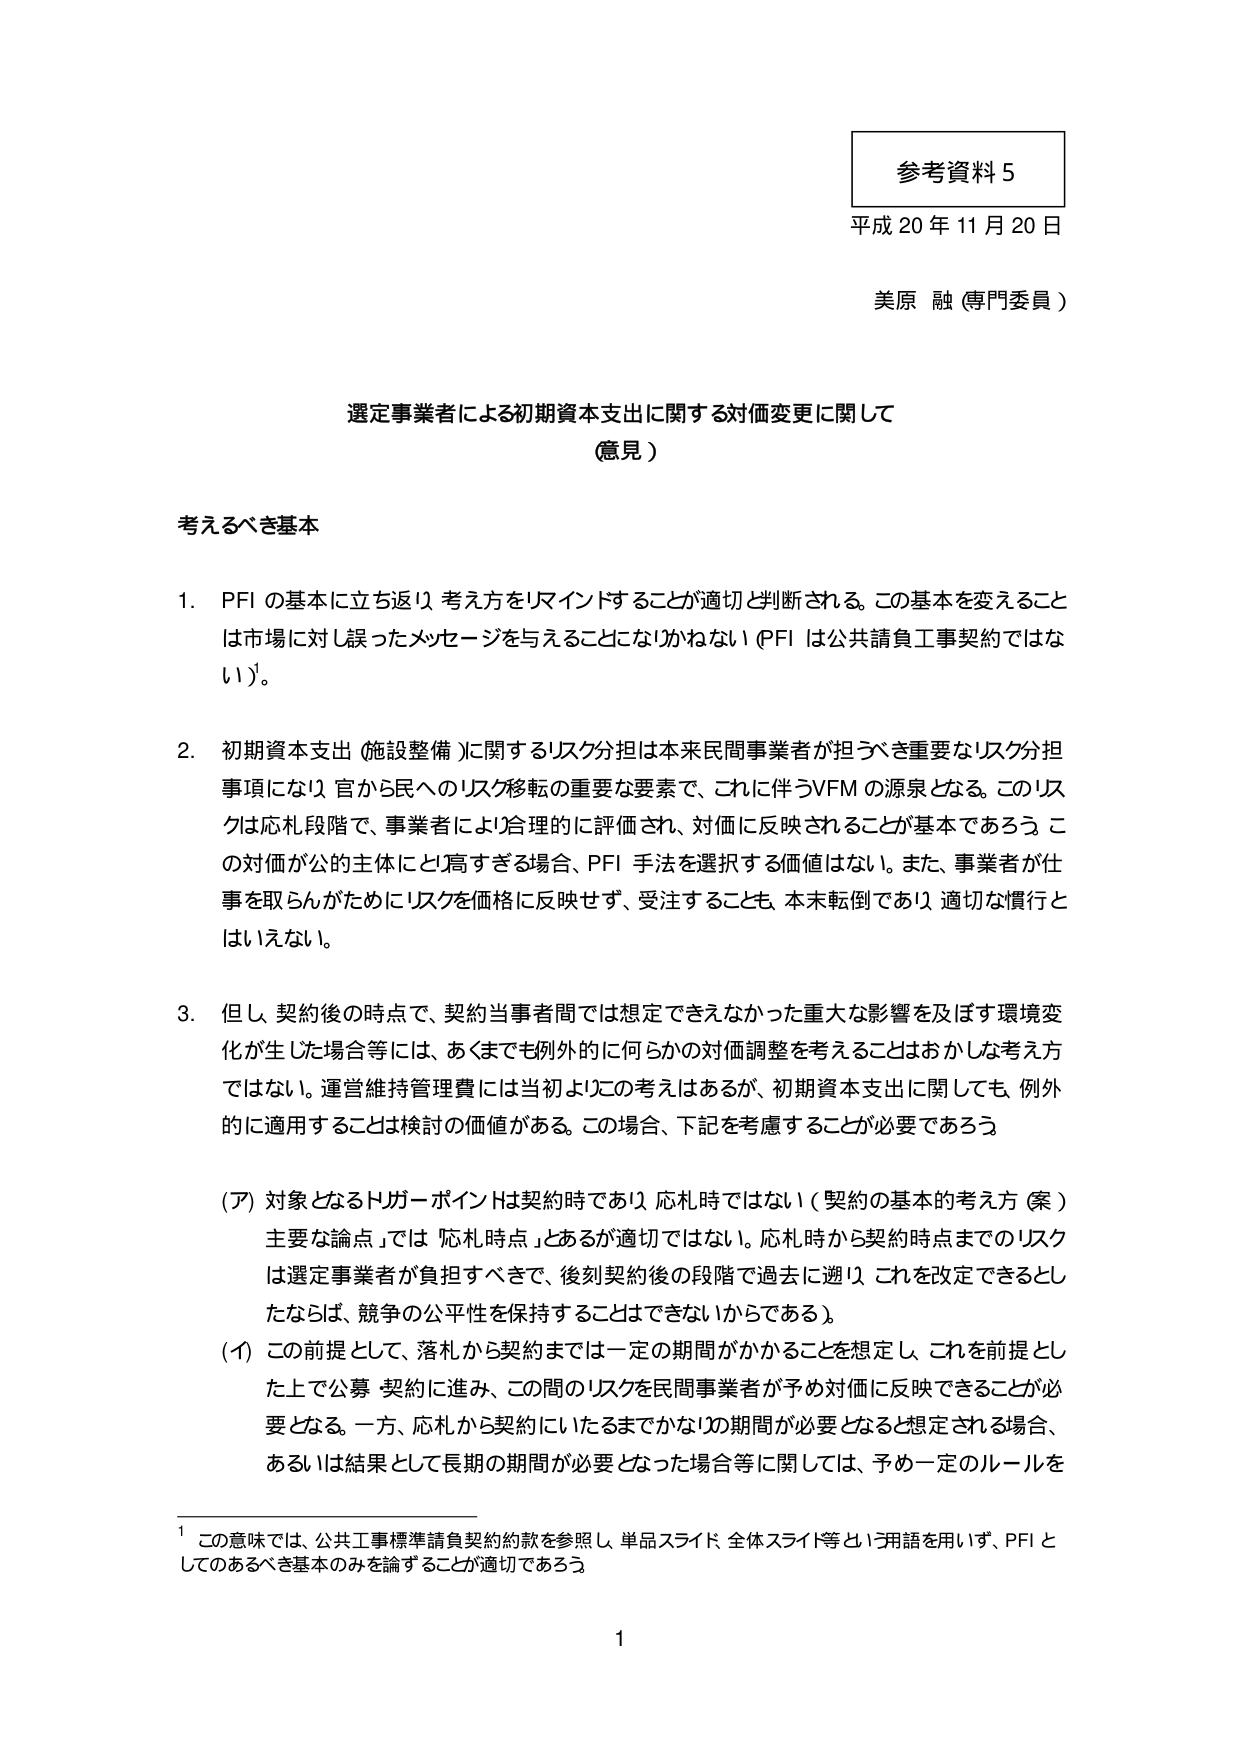
参考資料５
平成20年11月20日
美原 融（専門委員）

選定事業者による初期資本支出に関する対価変更に関して
（意見）

考えるべき基本

1. PFIの基本に立ち返り、考え方をリマインドすることが適切と判断される。この基本を変えることは市場に対し誤ったメッセージを与えることになりかねない（PFIは公共請負工事契約ではない）¹。

2. 初期資本支出（施設整備）に関するリスク分担は本来民間事業者が担うべき重要なリスク分担事項になり、官から民へのリスク移転の重要な要素で、これに伴うVFMの源泉となる。このリスクは応札段階で、事業者により合理的に評価され、対価に反映されることが基本であろう。この対価が公的主体にと高すぎる場合、PFI手法を選択する価値はない。また、事業者が仕事を取らんがためにリスクを価格に反映せず、受注することも、本末転倒であり適切な慣行とはいえない。

3. 但し、契約後の時点で、契約当事者間では想定できえなかった重大な影響を及ぼす環境変化が生じた場合等には、あくまでも例外的に何らかの対価調整を考えることはおかしな考え方ではない。運営維持管理費には当初よりこの考えはあるが、初期資本支出に関しても、例外的に適用することは検討の価値がある。この場合、下記を考慮することが必要であろう。

（ア）対象となるトガーポインは契約時であり、応札時ではない（契約の基本的考え方（案）主要な論点」では「応札時点」とあるが適切ではない。応札時から契約時点までのリスクは選定事業者が負担すべきで、後刻契約後の段階で過去に遡りこれを改定できるとしたらば、競争の公平性を保持することはできないからである）。

（イ）この前提として、落札から契約までは一定の期間がかかることを想定し、これを前提とした上で公募・契約に進み、この間のリスクを民間事業者が予め対価に反映できることが必要となる。一方、応札から契約にいたるまでかなりの期間が必要となると想定される場合、あるいは結果として長期の期間が必要となった場合等に関しては、予め一定のルールを

¹ この意味では、公共工事標準請負契約約款を参照し、単品スライド、全体スライド等という用語を用いず、PFIとしてのあるべき基本のみを論ずることが適切であろう。

1